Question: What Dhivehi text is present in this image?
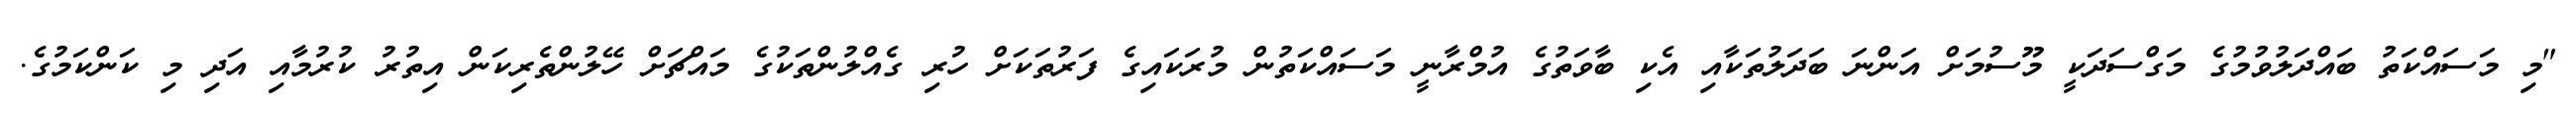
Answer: "މި މަސައްކަތު ބައްދަލުވުމުގެ މަގްސަދަކީ މޫސުމަށް އަންނަ ބަދަލުތަކާއި އެކި ބާވަތުގެ އުމްރާނީ މަސައްކަތުން މުރަކައިގެ ފަރުތަކަށް ހުރި ގެއްލުންތަކުގެ މައްޗަށް ހޭލުންތެރިކަން އިތުރު ކުރުމާއި އަދި މި ކަންކަމުގެ.